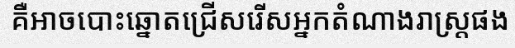
គឺអាចបោះឆ្នោតជ្រើសរើសអ្នកតំណាងរាស្ត្រផង